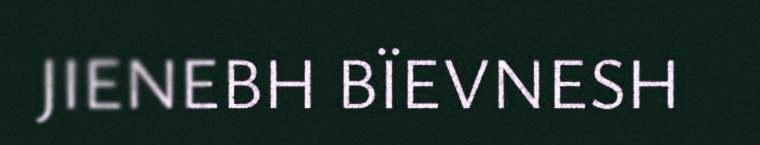
JIENEBH BÏEVNESH